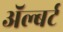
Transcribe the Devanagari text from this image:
अॅल्बर्ट